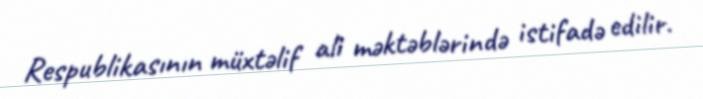
Respublikasının müxtəlif ali məktəblərində istifadə edilir.